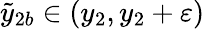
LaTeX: \tilde{y}_{2b}\in(y_{2},y_{2}+\varepsilon)